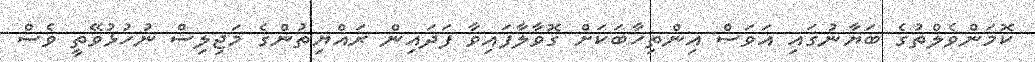
ކޮމަންވެލްތުގެ ބަޔާނުގައި އަވަސް އިންތިހާބަކަށް ގޮވާލާފައިވާ ފަދައިން ރައްޔިތުންގެ މަޖިލިސް ނުހުޅުވޭތީ ވެސް